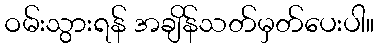
ဝမ်းသွားရန် အချိန်သတ်မှတ်ပေးပါ။